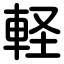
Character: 軽